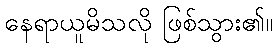
နေရာယူမိသလို ဖြစ်သွား၏။